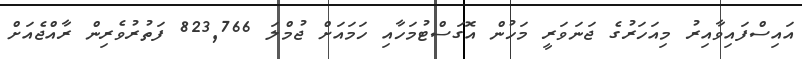
އައިސްފައިވާއިރު މިއަހަރުގެ ޖަނަވަރީ މަހުން އޮގަސްޓުމަހާއި ހަމައަށް ޖުމްލަ 823